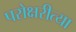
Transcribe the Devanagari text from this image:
परोक्षरीत्या